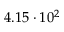
4 . 1 5 \cdot 1 0 ^ { 2 }